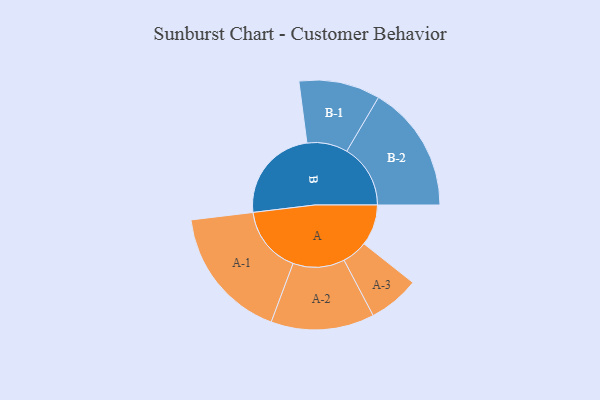
{"axis": {"x": "Segment", "y": "Value"}, "legend": ["", "A", "B"], "data": [{"x": "A", "y": 182, "type": ""}, {"x": "B", "y": 424, "type": ""}, {"x": "A-1", "y": 297, "type": "A"}, {"x": "A-2", "y": 229, "type": "A"}, {"x": "A-3", "y": 113, "type": "A"}, {"x": "B-1", "y": 180, "type": "B"}, {"x": "B-2", "y": 282, "type": "B"}]}